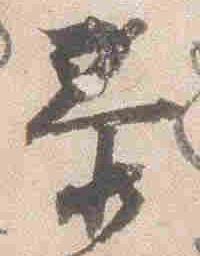
泰